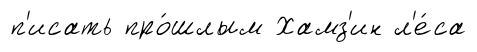
п'исать про́шлым Хамз'ин л'е́са